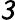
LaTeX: \mathsfit{3}